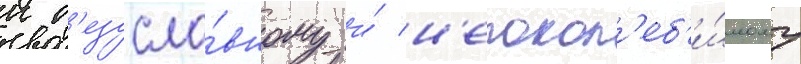
к б'езусло́вному и́ н'епокол'еб'и́мому